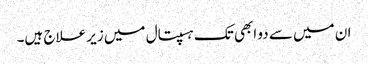
ان میں سے دو ابھی تک ہسپتال میں زیر علاج ہیں۔